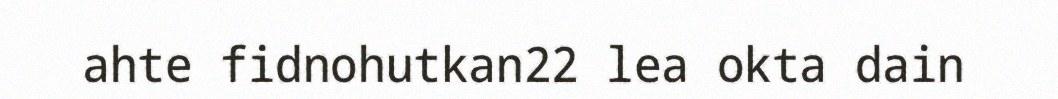
ahte fidnohutkan22 lea okta dain